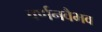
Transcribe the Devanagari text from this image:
वर्णनवैभव